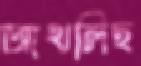
আখলিছ